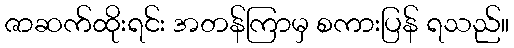
ဇာဆက်ထိုးရင်း အတန်ကြာမှ စကားပြန် ရသည်။